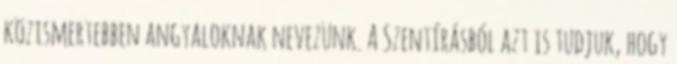
közismertebben angyaloknak nevezünk. A Szentírásból azt is tudjuk, hogy